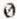
0